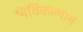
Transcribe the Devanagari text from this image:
निर्विकल्पाय